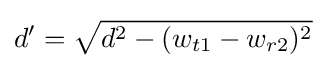
d'={\sqrt {d^{2}-(w_{t1}-w_{r2})^{2}}}